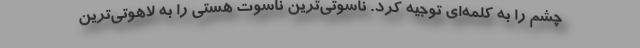
چشم را به کلمه‌ای توجیه کرد. ناسوتی‌ترین ناسوت هستی را به لاهوتی‌ترین